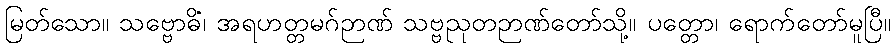
မြတ်သော။ သဗ္ဗောဓိံ၊ အရဟတ္တမဂ်ဉာဏ် သဗ္ဗညုတဉာဏ်တော်သို့။ ပတ္တော၊ ရောက်တော်မူပြီ။